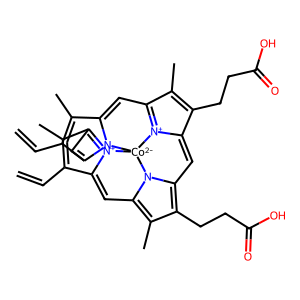
SMILES: C=CC1=C(C)C2=[N+]3C1=Cc1c(C)c(CCC(=O)O)c4n1[Co-2]31n3c(c(C)c(C=C)c3=C2)=CC2=[N+]1C(=C4)C(CCC(=O)O)=C2C
Inhibits HIV replication: No